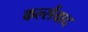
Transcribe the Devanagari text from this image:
कर्ल्सवाद